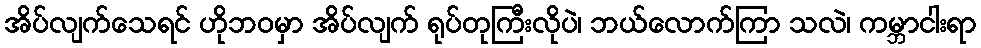
အိပ်လျက်သေရင် ဟိုဘဝမှာ အိပ်လျက် ရုပ်တုကြီးလိုပဲ၊ ဘယ်လောက်ကြာ သလဲ၊ ကမ္ဘာငါးရာ